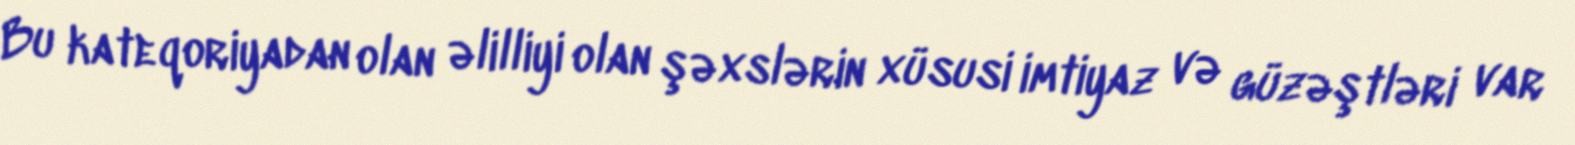
Bu kateqoriyadan olan əlilliyi olan şəxslərin xüsusi imtiyaz və güzəştləri var